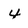
Character: 4